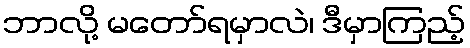
ဘာလို့ မတော်ရမှာလဲ၊ ဒီမှာကြည့်